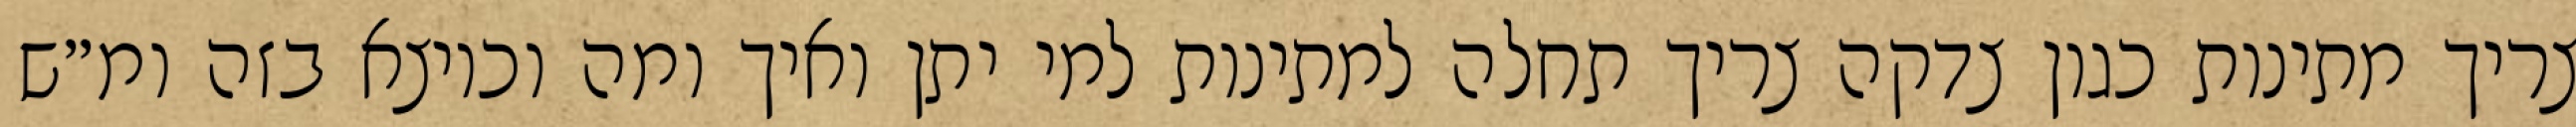
צריך מתינות כגון צדקה צריך תחלה למתינות למי יתן ואיך ומה וכיוצא בזה ומ״ש